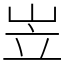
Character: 岦